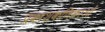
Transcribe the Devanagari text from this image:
प्रकाशकणिकाओं